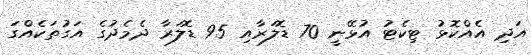
އަދި އެއްކޮޅު ޓިކެޓު އުޅޭނީ 70 ޑޮލަރާއި 95 ޑޮލަރާ ދެމެދުގެ އަގުތަކެއްގަ